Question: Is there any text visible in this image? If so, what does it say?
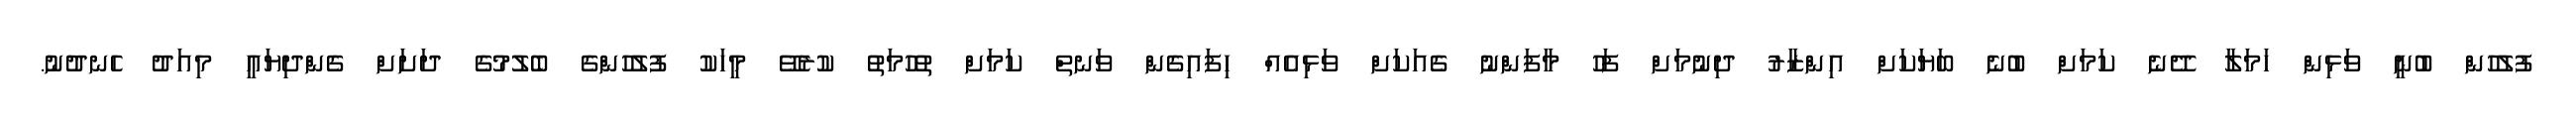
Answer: ފުލުހުން ބުނީ ވަޅިން ހަމަލާ ދޭނެ ކަމަށް ބުނެ ބަޔަކަށް އިންޒާރު ދިނުމަށް ފަހު މާފަންނު ގެއަކަށް ވަޅިއެއް ހިފައިގެން ވަނތް ކަމަށް ތުހުމަތު ކުރެވޭ މީހަކު ފުލުހުންގެ ބެލުމުގެ ދަށަށް ގެންދިޔައީ މިއަދު ހެނދުނު.